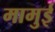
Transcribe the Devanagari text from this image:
मामुई